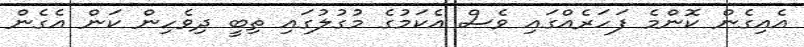
އެއިގެން ކޮންމެ ފަހަރެއްގައި ވެސް އެކަމުގެ މުގުލުގައި ތިބީ ދިވެހިން ކަން އެގެން